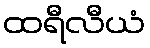
ထရီလီယံ